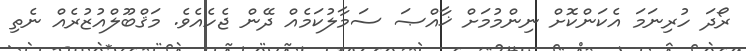
ރޯދަ ހުރިނަމަ އެކަންކޮށް ނިންމުމަށް ޚާއްޞަ ސަމާލުކަމެއް ދޭން ޖެހެއެވެ. މަޤްބޫލްއުޒުރެއް ނެތި